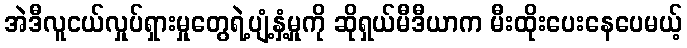
အဲဒီလူငယ်လှုပ်ရှားမှုတွေရဲ့ပျံ့နှံ့မှုကို ဆိုရှယ်မီဒီယာက မီးထိုးပေးနေပေမယ့်